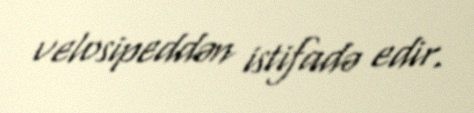
velosipeddən istifadə edir.